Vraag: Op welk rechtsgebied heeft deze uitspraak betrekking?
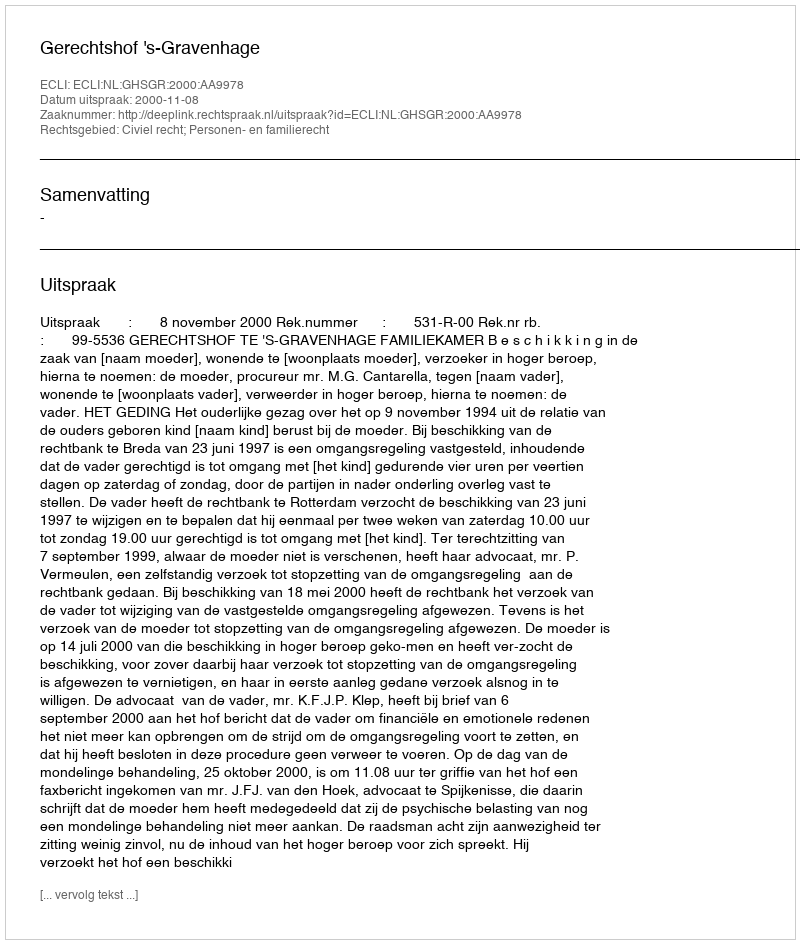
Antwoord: Civiel recht; Personen- en familierecht